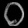
Digit: ၀